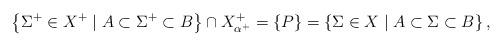
LaTeX: \begin{align*}\left\{ \Sigma^+ \in X^+ \mid A \subset \Sigma^+ \subset B \right\} \cap X_{\alpha^+}^+ = \{P\} = \left\{ \Sigma \in X \mid A \subset \Sigma \subset B \right\},\end{align*}